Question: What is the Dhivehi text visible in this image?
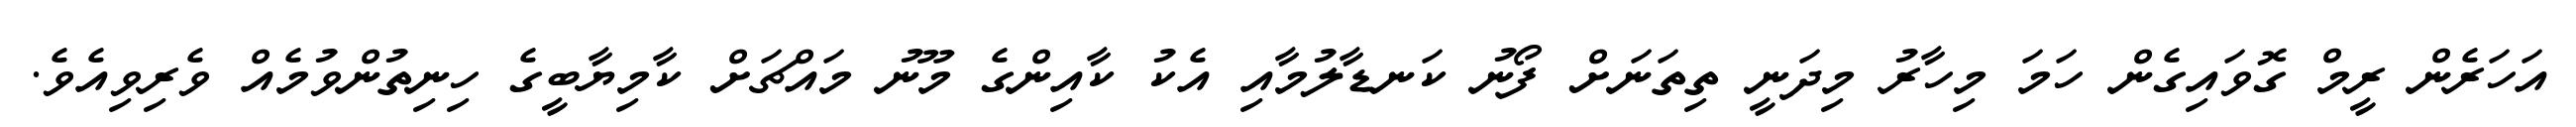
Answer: އަހަރެން ރީމް ގޮވައިގެން ހަމަ މިހާރު މިދަނީ ތިތަނަށް ފޯނު ކަނޑާލުމާއި އެކު ކާއިންގެ މޫނު މައްޗަށް ކާމިޔާބީގެ ހިނިތުންވުމެއް ވެރިވިއެވެ.